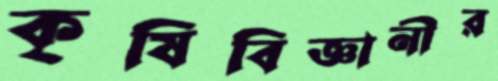
কৃষিবিজ্ঞানীর